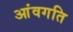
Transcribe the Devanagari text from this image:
आंवगति